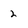
Character: 2